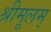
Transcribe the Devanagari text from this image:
श्रीमूलम्